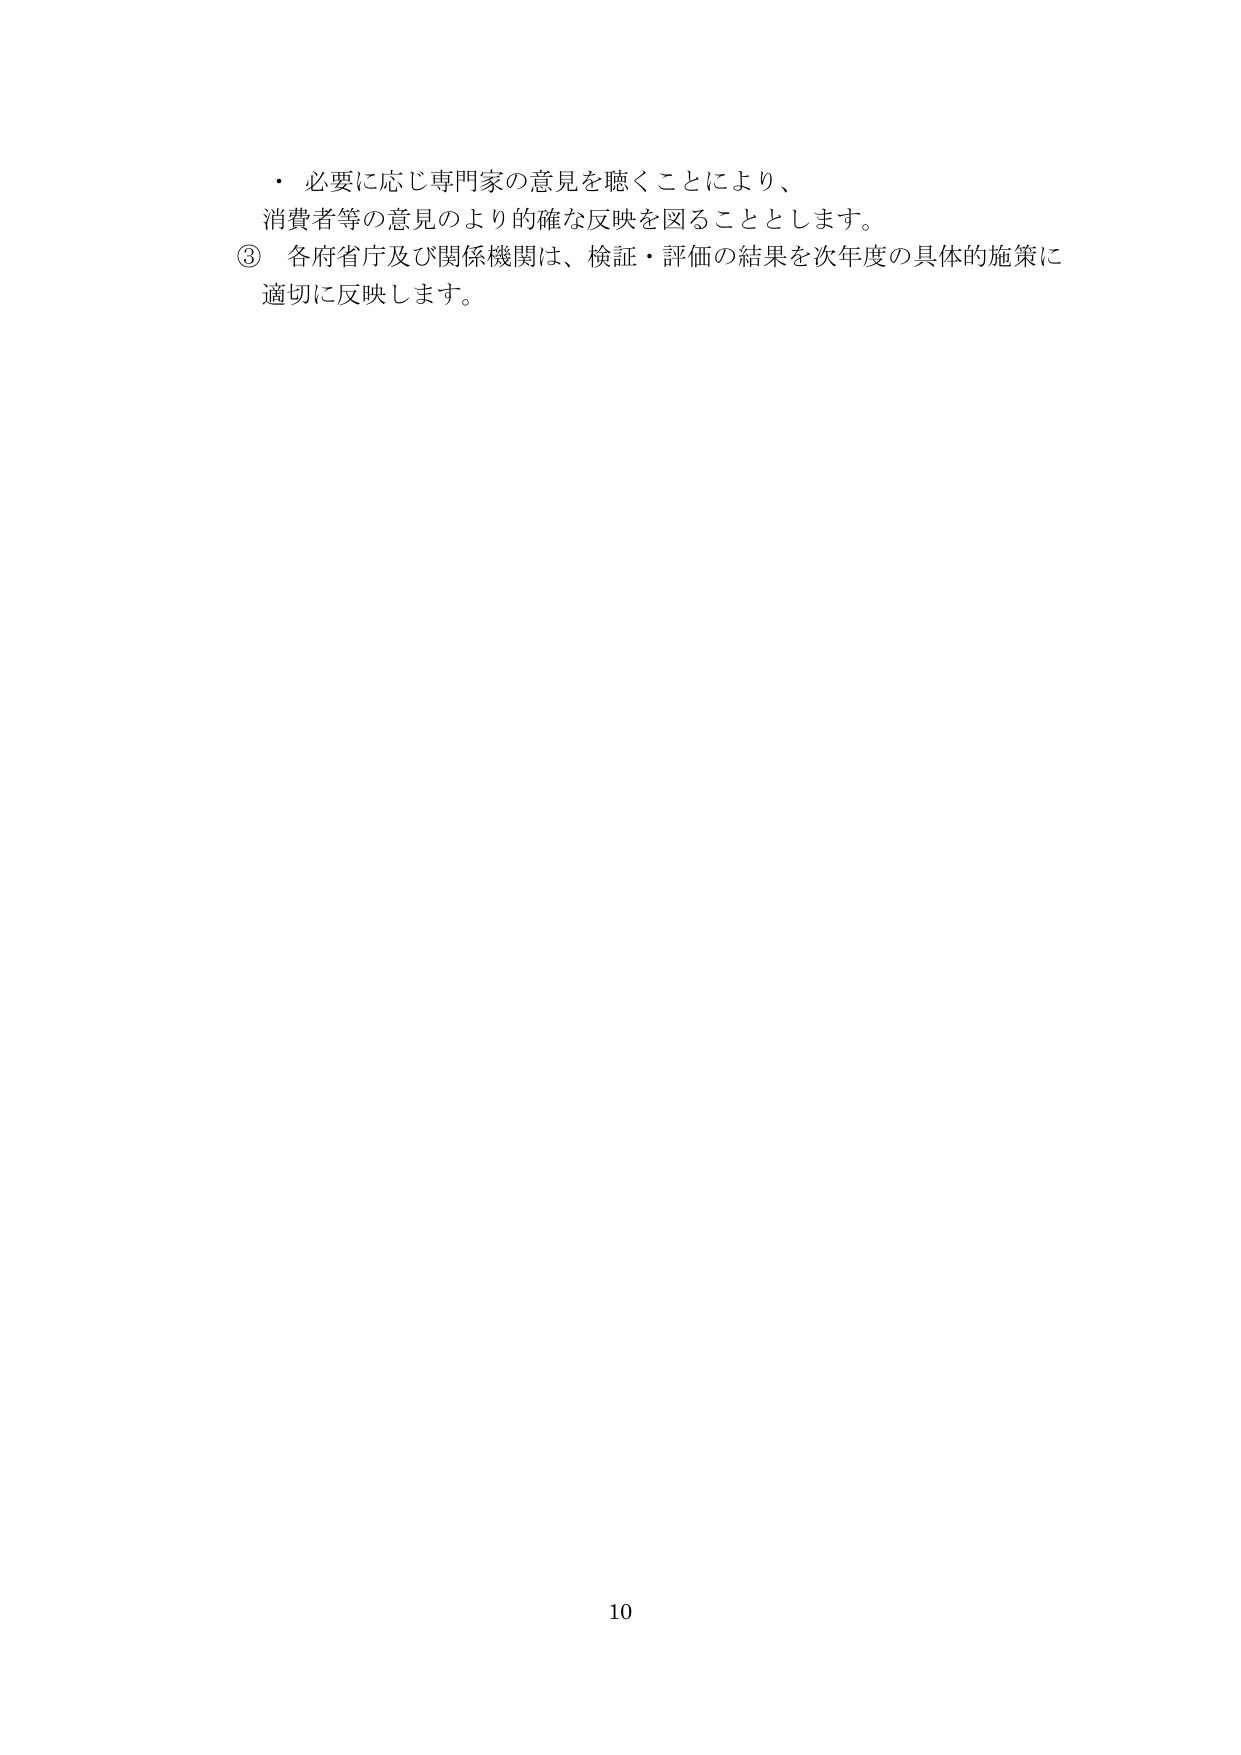
・必要に応じ専門家の意見を聴くことにより、
消費者等の意見のより的確な反映を図ることとします。
③ 各府省庁及び関係機関は、検証・評価の結果を次年度の具体的施策に
適切に反映します。

10